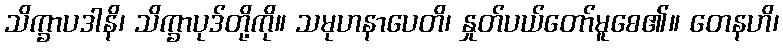
သိက္ခာပဒါနိ၊ သိက္ခာပုဒ်တို့ကို။ သမုဟနာပေတိ၊ နှုတ်ပယ်တော်မူစေ၏။ တေနဟိ၊